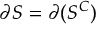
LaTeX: \partial S = \partial ( S ^ { C } )